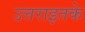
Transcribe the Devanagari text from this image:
उत्तराइतके